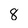
Character: 8